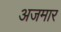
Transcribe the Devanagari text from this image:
अजमार